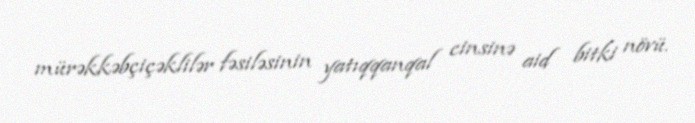
mürəkkəbçiçəklilər fəsiləsinin yatıqqanqal cinsinə aid bitki növü.